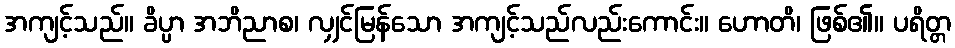
အကျင့်သည်။ ခိပ္ပာ အဘိညာစ၊ လျှင်မြန်သော အကျင့်သည်လည်းကောင်း။ ဟောတိ၊ ဖြစ်၏။ ပရိတ္တ